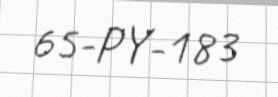
65-PY-183